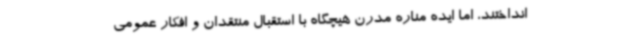
انداختند، اما ایده مناره مدرن هیچگاه با استقبال منتقدان و افکار عمومی